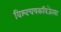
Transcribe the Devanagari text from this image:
विश्वचषकविजेत्या